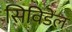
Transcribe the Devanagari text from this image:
सिविडेल